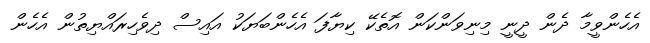
އެހެންވީމާ ދެން ދީނީ މިނިވަންކަން އޮތެކޭ ކިޔާފަ އެހެންބަޔަކު އައިސް ދިވެހިރައްޔިތުން އެހެން